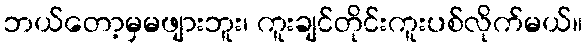
ဘယ်တော့မှမဖျားဘူး၊ ကူးချင်တိုင်းကူးပစ်လိုက်မယ်။